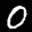
Label: 0